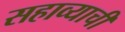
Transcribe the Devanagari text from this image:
सहाव्याची